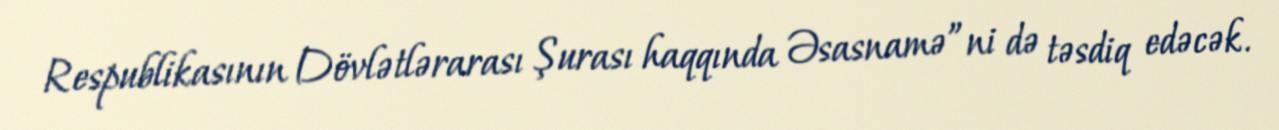
Respublikasının Dövlətlərarası Şurası haqqında Əsasnamə”ni də təsdiq edəcək.